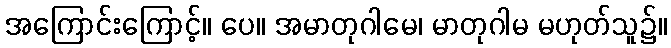
အကြောင်းကြောင့်။ ပေ။ အမာတုဂါမေ၊ မာတုဂါမ မဟုတ်သူ၌။